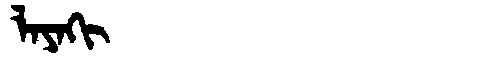
Manchu: ᠯᠠᠶᠠᡴᡳ
Romanization: LAYAKI